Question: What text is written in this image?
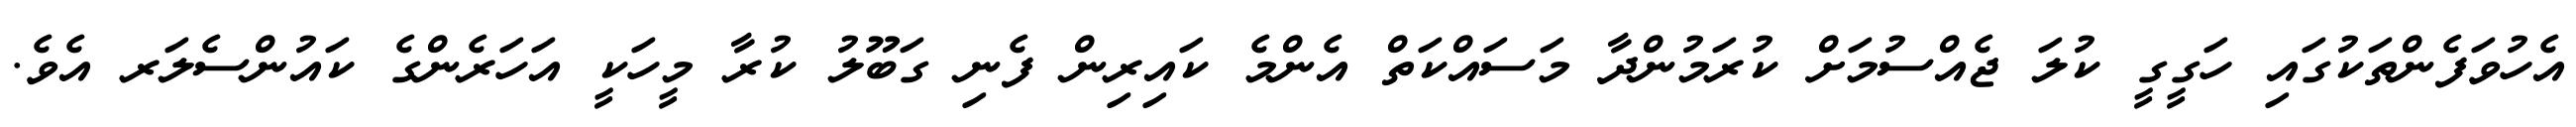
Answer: އެހުވަފެންތަކުގައި ހަގީގީ ކުލަ ޖެއްސުމަށް ކުރަމުންދާ މަސައްކަތް އެންމެ ކައިރިން ފެނި ގަބޫލު ކުރާ މީހަކީ އަހަރެންގެ ކައުންސެލަރ އެވެ.